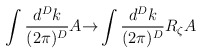
\begin{align*}\int \frac{d^Dk}{(2\pi)^D} A {\rightarrow} \int \frac{d^Dk}{(2\pi)^D} R_\zeta A\end{align*}